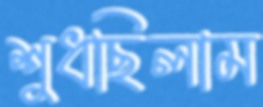
শুধছিলাম